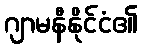
ဂျာမနီနိုင်ငံ၏